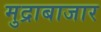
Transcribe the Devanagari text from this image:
मुद्राबाजार